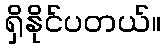
ရှိနိုင်ပတယ်။